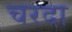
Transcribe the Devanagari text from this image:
चरदा